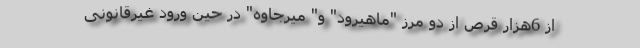
از 6هزار قرص از دو مرز "ماهیرود" و" میرجاوه" در حین ورود غیرقانونی